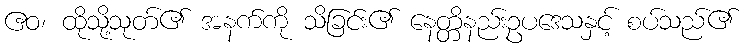
ဧဝ၊ ထိုသို့သုတ်၏ အနက်ကို သိခြင်း၏ နေတ္တိနည်းဥပဒေသနှင့် စပ်သည်၏